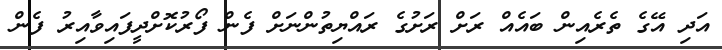
އަދި އޭގެ ތެރެއިން ބައެއް ރަށް ރަށުގެ ރައްޔިތުންނަށް ފެން ފޯރުކޮށްދީފައިވާއިރު ފެން